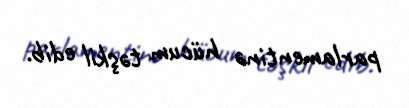
parlamentinə hücum təşkil edib.